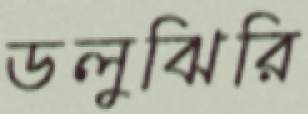
ডলুঝিরি